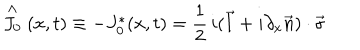
LaTeX: \stackrel { \wedge } { J _ { 0 } } ( x , t ) \equiv - J _ { 0 } ^ { * } ( x , t ) = \frac { 1 } { 2 } \, i ( \vec { l } + i \partial _ { x } \vec { n } ) \cdot \vec { \sigma }